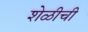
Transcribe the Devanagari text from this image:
शेळीची